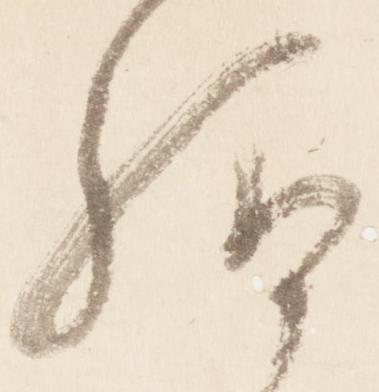
給